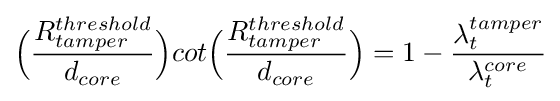
{\Bigl (}{\frac {R_{tamper}^{threshold}}{d_{core}}}{\Bigr )}cot{\Bigl (}{\frac {R_{tamper}^{threshold}}{d_{core}}}{\Bigr )}=1-{\frac {\lambda _{t}^{tamper}}{\lambda _{t}^{core}}}